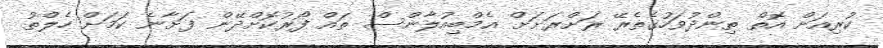
ކުރިއަށް އޮތް ތިންދުވަހުގެތެރޭ ރަށްރަށަށް އެމްބިއުލާންސް ތައް ފޯރުކޮށްދޭން ފަށާނެ ކަމަށް ހެލްތު